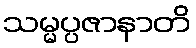
သမ္မပ္ပဇာနာတိ